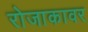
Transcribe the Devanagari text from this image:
रोजाकावर